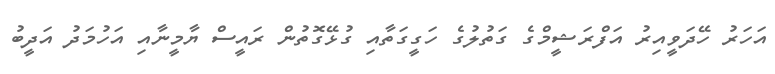
އަހަރު ހޭދަވީއިރު އަފްރަޝީމްގެ ގަތުލުގެ ހަގީގަތާއި ގުޅޭގޮތުން ރައީސް ޔާމީނާއި އަހުމަދު އަދީބު